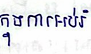
ក្នុងការអប់រំ